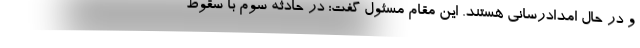
و در حال امدادرسانی هستند. این مقام مسئول گفت: در حادثه سوم با سقوط